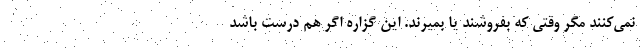
نمی‌کنند مگر وقتی که بفروشند یا بمیرند. این گزاره اگر هم درست باشد